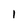
Character: 1